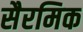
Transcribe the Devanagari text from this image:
सैरमिक